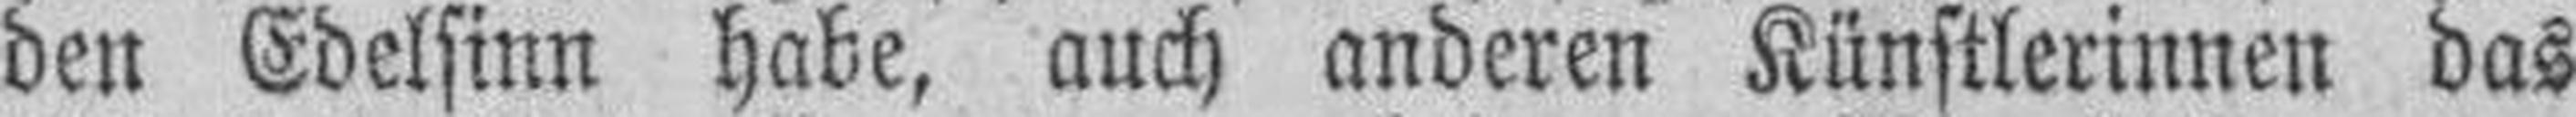
den Edelsinn habe, auch anderen Künstlerinnen das